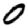
Digit: 0